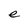
Character: e